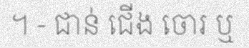
។ - ជាន់ ជើង ចោរ ឬ